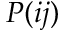
P ( i j )